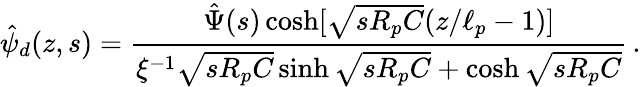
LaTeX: \hat{\psi}_{d}(z,s)=\frac{\hat{\Psi}(s)\cosh[\sqrt{sR_{p}C}(z/\ell_{p}-1)]}{\xi^{-1}\sqrt{sR_{p}C}\sinh\sqrt{sR_{p}C}+\cosh\sqrt{sR_{p}C}}\, .